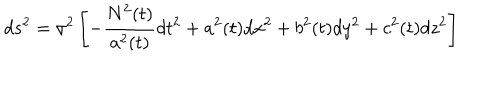
d s ^ { 2 } = \sigma ^ { 2 } \left[ - \frac { N ^ { 2 } ( t ) } { a ^ { 2 } ( t ) } d t ^ { 2 } + a ^ { 2 } ( t ) d x ^ { 2 } + b ^ { 2 } ( t ) d y ^ { 2 } + c ^ { 2 } ( t ) d z ^ { 2 } \right]